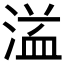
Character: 𱧤